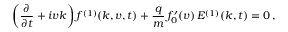
\left( \frac { \partial } { \partial t } + i v k \right) f ^ { ( 1 ) } ( k , v , t ) + \frac { q } { m } \, f _ { 0 } ^ { \prime } ( v ) \, E ^ { ( 1 ) } ( k , t ) = 0 \, ,